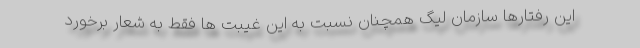
این رفتارها سازمان لیگ همچنان نسبت به این غیبت ها فقط به شعار برخورد